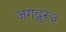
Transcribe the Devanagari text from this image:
जगद्गुरू३